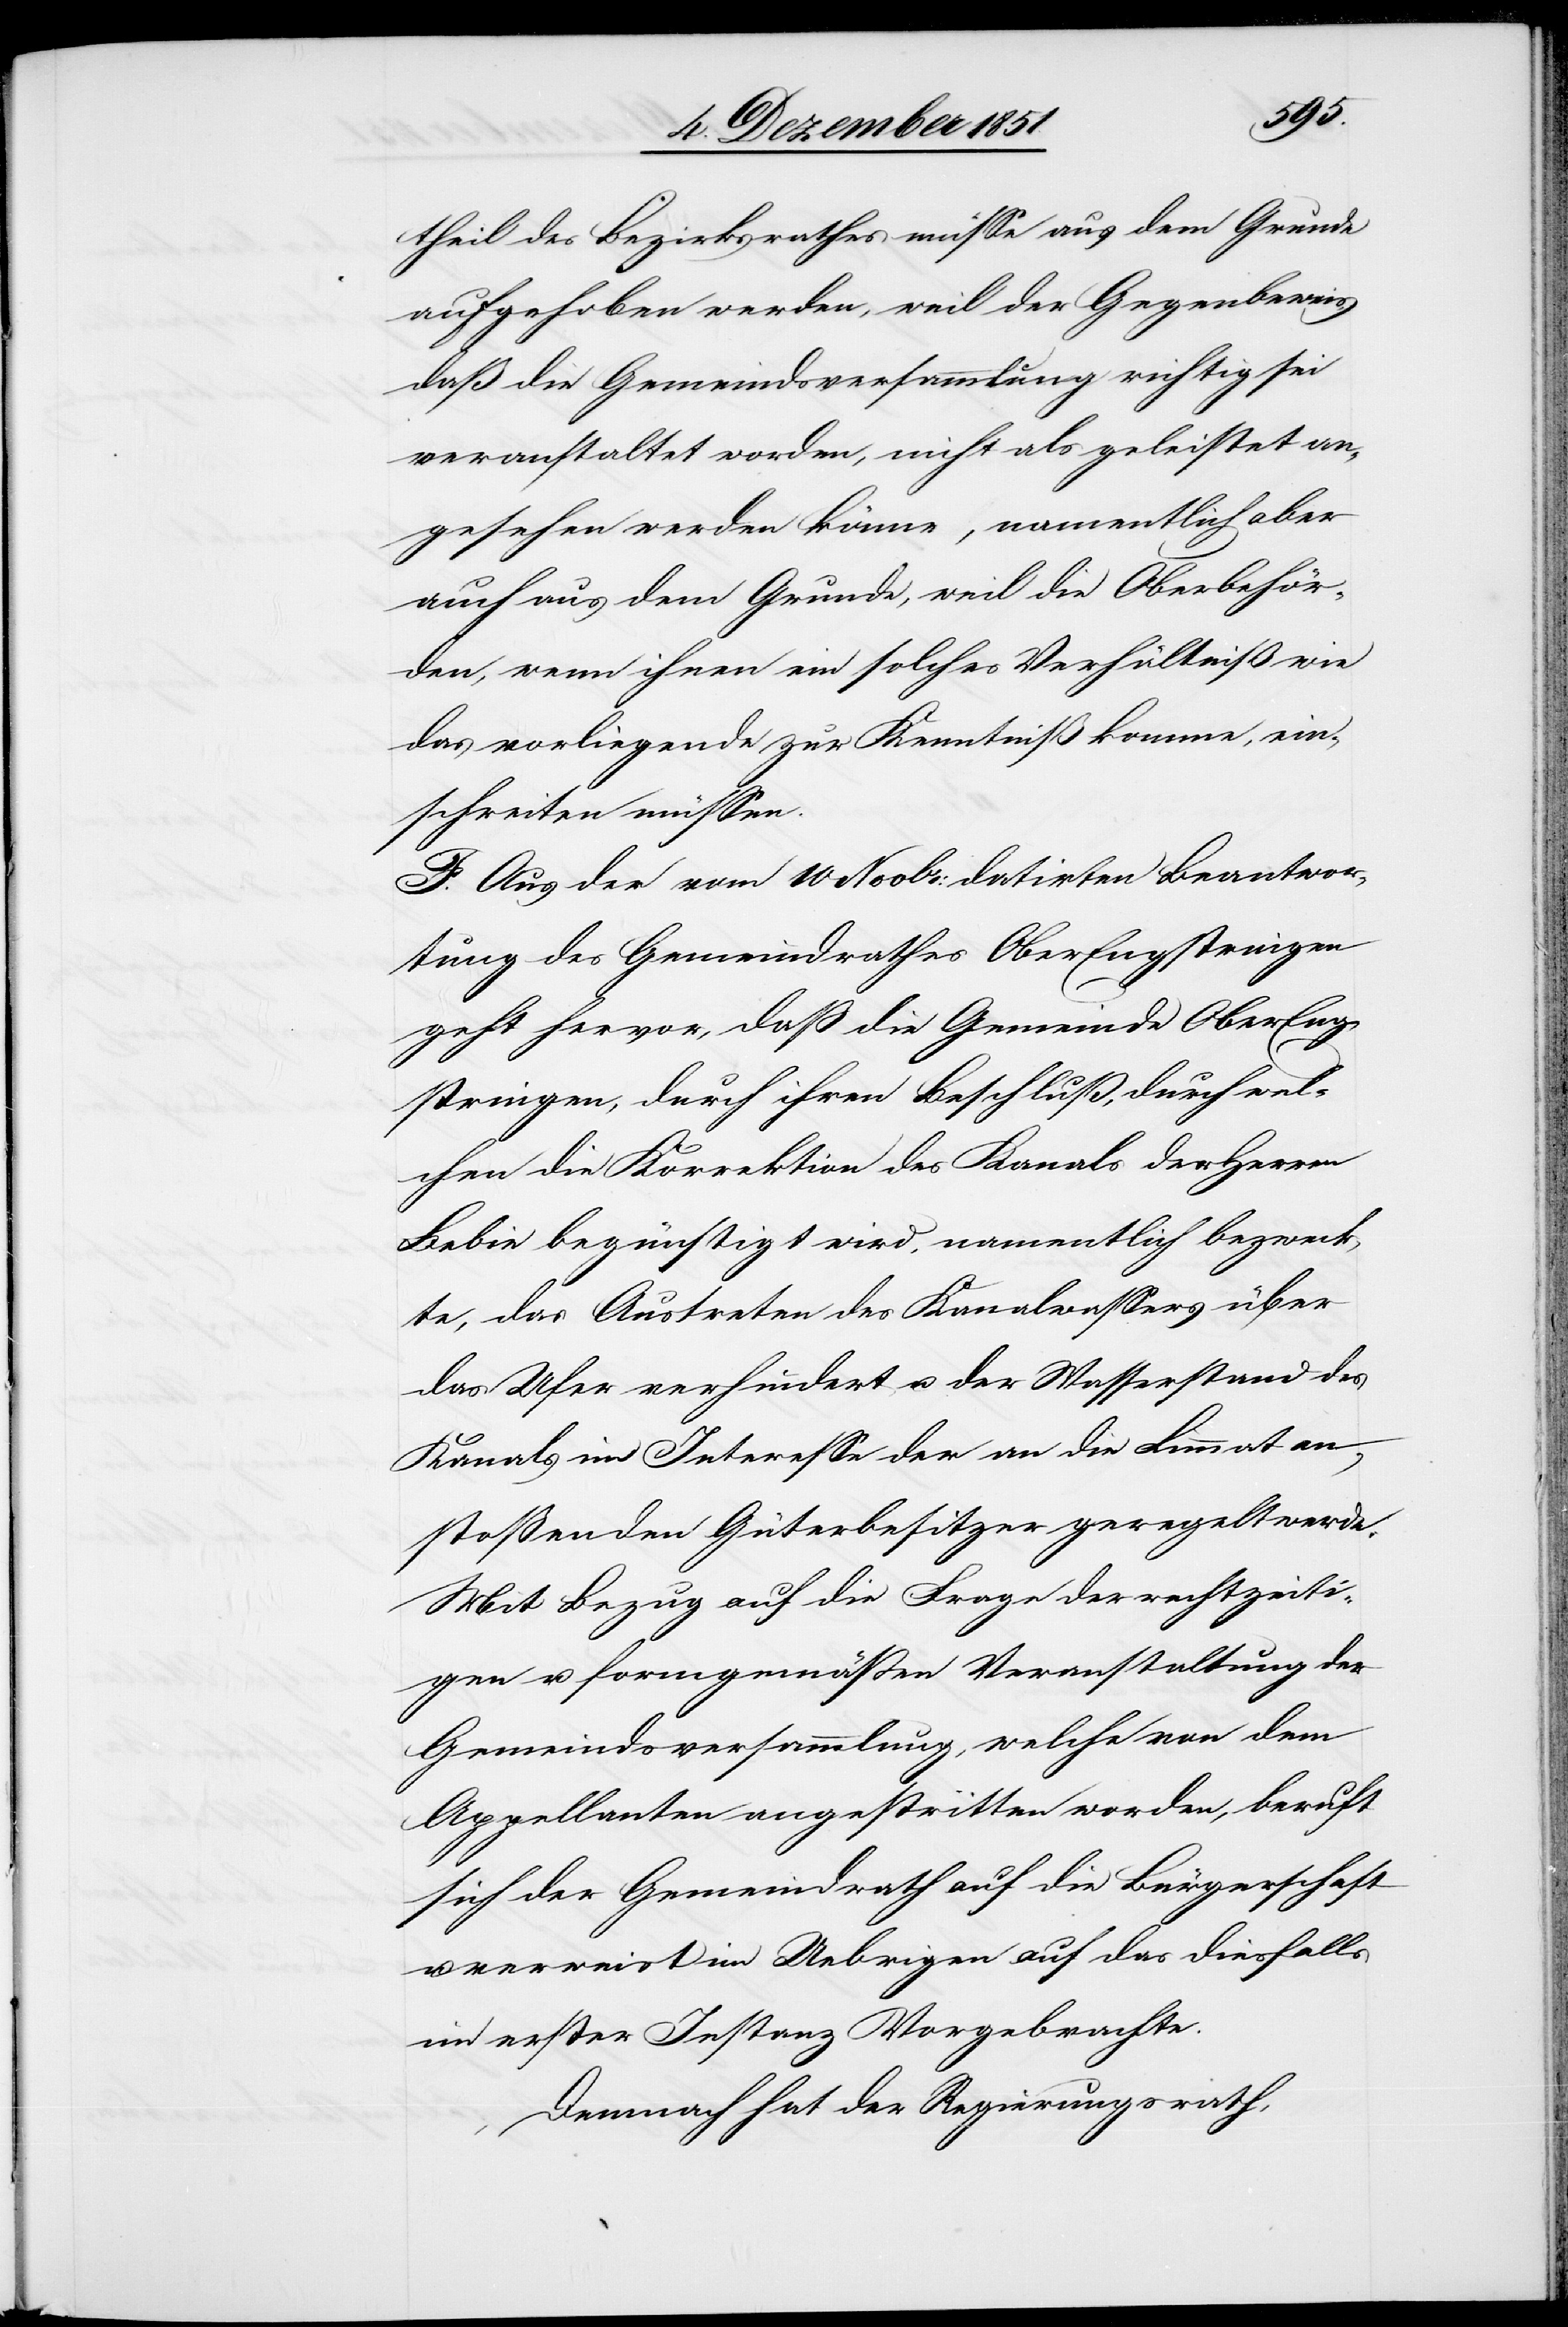
theil des Bezirksrathes müsse aus dem Grunde
aufgehoben werden, weil der Gegenbeweis,
daß die Gemeindsversammlung richtig sei
veranstaltet worden, nicht als geleistet an¬
gesehen werden könne, namentlich aber
auch aus dem Grunde, weil die Oberbehör¬
den, wenn ihnen ein solches Verhältniß wie
das vorliegende zur Kenntniß komme, ein¬
schreiten müssen.
F. Aus der vom 10 Novbr: datirten Beantwor¬
tung des Gemeindrathes Ober-Engstringen
geht hervor, daß die Gemeinde Ober-Eng¬
stringen, durch ihren Beschluß, durch wel¬
chen die Korrektion des Kanals der Herren
Bebie begünstigt wird, namentlich bezweck¬
te, das Austreten des Kanalwassers über
das Ufer verhindert u. der Wasserstand des
Kanals im Interesse der an die Limmat an¬
stoßenden Güterbesitzer geregelt werde.
Mit Bezug auf die Frage der rechtzeiti¬
gen u. formgemäßen Veranstaltung der
Gemeindsversammlung, welche von dem
Appellanten angestritten worden, beruft
sich der Gemeindrath auf die Bürgerschaft
verweist im Uebrigen auf das diesfalls
erster Instanz Vorgebrachte.
Demnach hat der Regierungsrath,